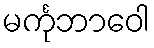
မင်္ကုဘာဝေါ